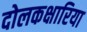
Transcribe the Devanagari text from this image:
दोलकक्षारिया